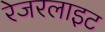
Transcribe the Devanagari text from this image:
रेजरलाइट